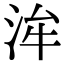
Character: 洠